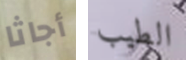
أجاثا الطيب